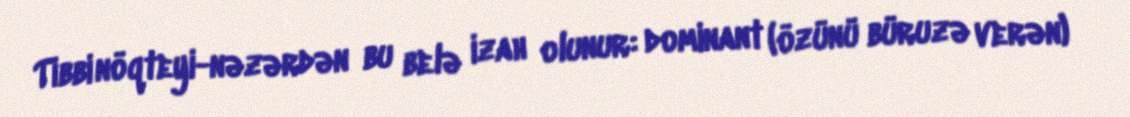
Tibbi nöqteyi-nəzərdən bu belə izah olunur: dominant (özünü büruzə verən)